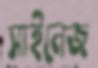
সাইনেজ